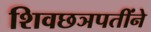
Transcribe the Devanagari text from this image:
शिवछञपतींने